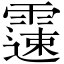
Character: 𩅘